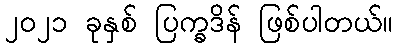
၂၀၂၁ ခုနှစ် ပြက္ခဒိန် ဖြစ်ပါတယ်။